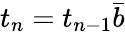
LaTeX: t_{n}=t_{n-1}\bar{b}